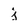
Character: j